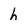
Character: h